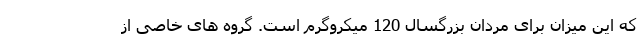
که این میزان برای مردان بزرگسال 120 میکروگرم است. گروه های خاصی از